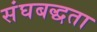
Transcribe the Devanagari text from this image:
संघबद्धता